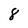
Character: 8